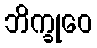
ဘိက္ခုဝေ